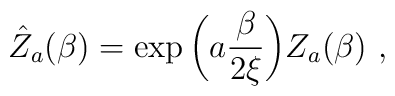
\hat Z_a(\beta )=\exp \bigg( a{\beta\over 2\xi}\bigg)Z_a(\beta )\ ,